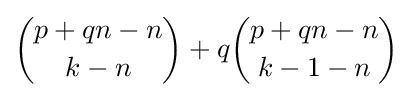
{\binom {p+qn-n}{k-n}}+q{\binom {p+qn-n}{k-1-n}}